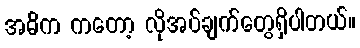
အဓိက ကတော့ လိုအပ်ချက်တွေရှိပါတယ်။